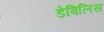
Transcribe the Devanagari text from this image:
डेबिलिस